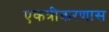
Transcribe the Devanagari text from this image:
एकत्रीकरणास